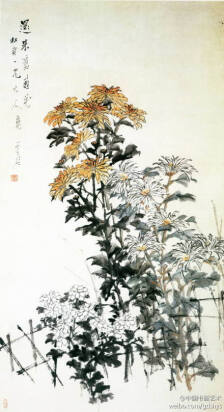
几度白衣虚令节，致疑黄菊是孤芳。